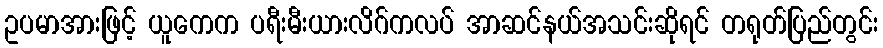
ဥပမာအားဖြင့် ယူကေက ပရီးမီးယားလိဂ်ကလပ် အာဆင်နယ်အသင်းဆိုရင် တရုတ်ပြည်တွင်း